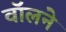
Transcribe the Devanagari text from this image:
वॉलने